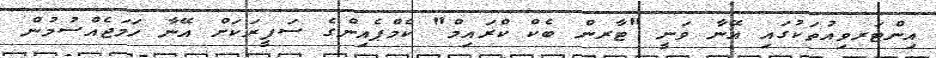
އިންޓަރވިއުތަކުގައި އޭނާ ވަނީ "ޓާރން ބެކް ކްރައިމް" ކެމްޕެއިންގެ ސަފީރަކަށް އޭނާ ހަމަޖެއްސުމުން